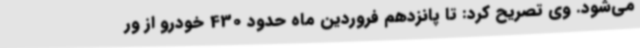
می‌شود. وی تصریح کرد: تا پانزدهم فروردین ماه حدود 430 خودرو از ور